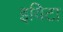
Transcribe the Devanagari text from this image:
इविटा